Report on vaccination in Madras 1904-1921 - 1904-1921
Year: 1904
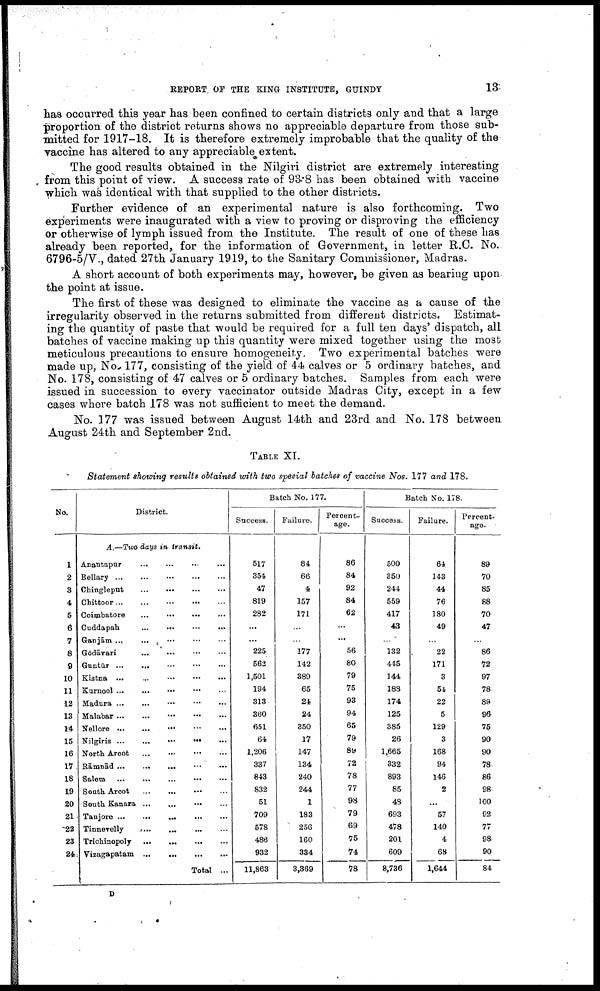
REPORT OF THE KING INSTITUTE, GUINDY
13
has occurred this year has been confined to certain districts only and that a large
proportion of the district returns shows no appreciable departure from those sub
mitted for 1917-18. It is therefore extremely improbable that the quality of the
vaccine has altered to any appreciable extent.
The good results obtained in the Nilgiri district are extremely interesting
from this point of view. A success rate of 93.8 has been obtained with vaccine
which was identical with that supplied to the other districts.
Further evidence of an experimental nature is also forthcoming. Two
experiments were inaugurated with a view to proving or disproving the efficiency
or otherwise of lymph issued from the Institute. The result of one of these has
already been reported, for the information of Government, in letter R.C. No.
6796-5/V., dated 27th January 1919, to the Sanitary Commissioner, Madras.
A short account of both experiments may, however, be given as bearing upon
the point at issue.
The first of these was designed to eliminate the vaccine as a cause of the
irregularity observed in the returns submitted from different districts. Estimat
ing the quantity of paste that would be required for a full ten days' dispatch, all
batches of vaccine making up this quantity were mixed together using the most
meticulous precautions to ensure homogeneity. Two experimental batches were
made up, No. 177, consisting of the yield of 44 calves or 5 ordinary batches, and
No. 178, consisting of 47 calves or 5 ordinary batches. Samples from each were
issued in succession to every vaccinator outside Madras City, except in a few
cases where batch 178 was not sufficient to meet the demand.
No. 177 was issued between August 14th and 23rd and No. 178 between
August 24th and September 2nd.
TABLE XI.
Statement showing results obtained with two special batches of vaccine Nos. 177 and 178.
No.
1
2
8
4
5
6
7
8
9
10
11
12
13
14
15
16
17
18
19
20
21
22
23
24
District.
A.—Two days in transit.
Anantapur
...
...
...
...
Bellary
...
...
...
...
...
Chingleput
...
...
...
...
Chittoor
...
...
...
...
...
Coimbatore ... ... ... ...
Cuddapah
...
...
...
...
Ganjām
...
...
...
...
...
Godāvari
...
...
...
...
Guntūr
...
...
...
...
...
Kistna ...
...
...
...
...
Kurnool
...
...
...
...
...
Madura ... ... ... ... ...
Malabar
...
...
...
...
...
Nellore
...
...
...
...
Nilgiris
...
...
...
...
...
North Arcot
...
...
...
...
Rāmnād
...
...
...
...
...
Salem
...
...
...
...
...
South Arcot
...
...
... ...
South Kanara ...
...
...
...
Tanjore
...
...
...
Tinnevelly
...
...
...
...
Trichinopoly
...
...
...
...
Vizagapatam
...
...
...
...
Total ...
Batch No. 177.
Success.
517
354
47
819
282
...
...
225
562
1,501
194
313
360
651
64
1,206
337
843
832
51
709
578
486
932
11,863
Failure.
84
66
4
157
171
...
...
177
142
389
65
24
24
850
17
147
134
240
244
1
183
256
160
334
3,369
Percent
age.
86
84
92
84
62
...
...
56
80
79
75
93
94
65
79
89
72
78
77
98
79
69
75
74
78
Batch No. 178.
Success.
500
350
244
559
417
43
...
132
445
144
183
174
125
385
26
1,665
332
893
85
43
693
478
201
609
8,736
Failure.
64
143
44
76
180
49
...
22
171
3
54
22
5
129
3
168
94
146
2
...
57
140
4
68
1,644
Percent¬
age.
89
70
85
88
70
47
...
86
72
97
78
88
96
75
90
90
78
86
98
100
92
77
98
90
84
D